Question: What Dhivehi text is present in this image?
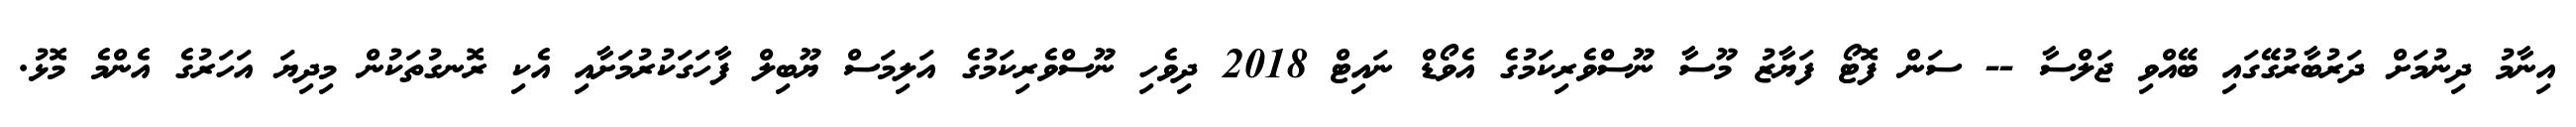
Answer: އިނާމު ދިނުމަށް ދަރުބާރުގޭގައި ބޭއްވި ޖަލްސާ -- ސަން ފޮޓޯ ފަޔާޒު މޫސާ ނޫސްވެރިކަމުގެ އެވޯޑް ނައިޓް 2018 ދިވެހި ނޫސްވެރިކަމުގެ އަލިމަސް ޔޫބިލް ފާހަގަކުރުމަށާއި އެކި ރޮނގުތަކުން މިދިޔަ އަހަރުގެ އެންމެ މޮޅު.